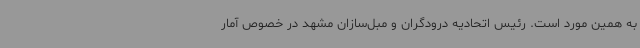
به همین مورد است. رئیس اتحادیه درودگران و مبل‌سازان مشهد در خصوص آمار